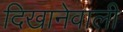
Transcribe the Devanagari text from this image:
दिखानेवाली